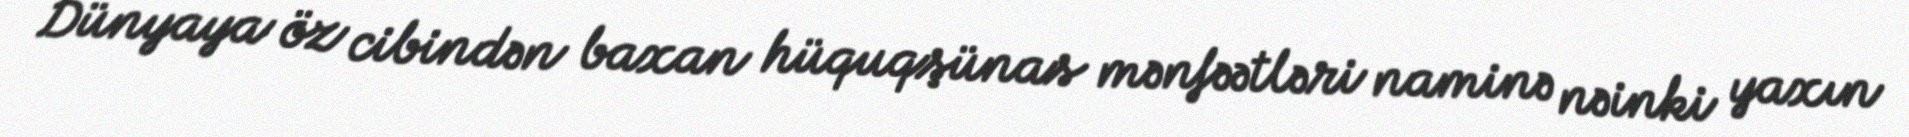
Dünyaya öz cibindən baxan hüquqşünas mənfəətləri naminə nəinki yaxın